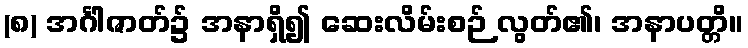
(၈) အင်္ဂါဇာတ်၌ အနာရှိ၍ ဆေးလိမ်းစဉ် လွတ်၏၊ အနာပတ္တိ။